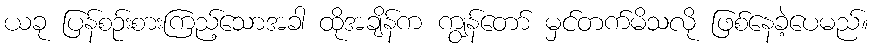
ယခု ပြန်စဉ်းစားကြည့်သောအခါ ထိုအချိန်က ကျွန်တော် မှင်တက်မိသလို ဖြစ်နေခဲ့ပေမည်။